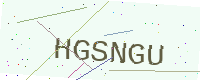
Text: HGSNGU